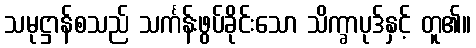
သမုဋ္ဌာန်စသည် သင်္ကန်းဖွပ်ခိုင်းသော သိက္ခာပုဒ်နှင့် တူ၏။